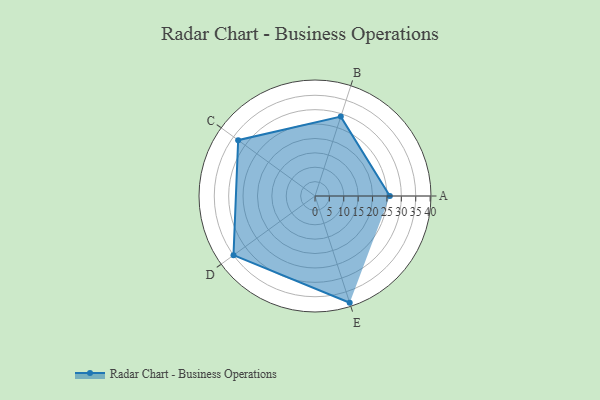
{"axis": {"x": "Skill", "y": "Score"}, "legend": ["Profile"], "data": [{"x": "A", "y": 26.0, "type": "Profile"}, {"x": "B", "y": 29.0, "type": "Profile"}, {"x": "C", "y": 33.0, "type": "Profile"}, {"x": "D", "y": 35.0, "type": "Profile"}, {"x": "E", "y": 39.0, "type": "Profile"}]}